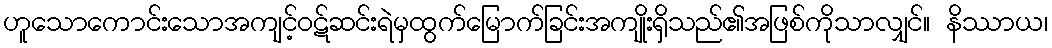
ဟူသောကောင်းသောအကျင့်ဝဋ်ဆင်းရဲမှထွက်မြောက်ခြင်းအကျိုးရှိသည်၏အဖြစ်ကိုသာလျှင်။ နိဿာယ၊